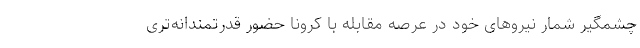
چشمگیر شمار نیروهای خود در عرصه مقابله با کرونا حضور قدرتمندانه‌تری